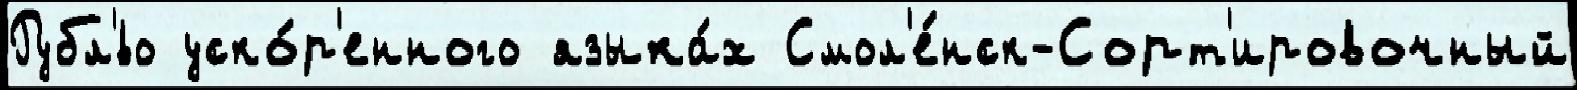
Рубл'́во уско́р'енного языка́х Смол'е́нск-Сорт'ировочный